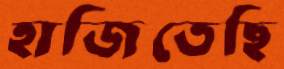
হাজিতেছি